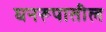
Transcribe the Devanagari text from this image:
घनरूपातील